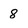
Character: 8